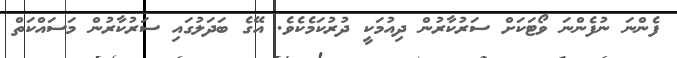
ފެންނަ ނުފެންނަ ވޯޓަކަށް ސަރުކާރުން ދިއުމަކީ ދުރުކަމެކެވެ. އޭގެ ބަދަލުގައި ސަރުކާރުން މަސައްކަތް